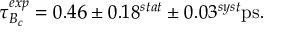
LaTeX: \tau _ { B _ { c } } ^ { e x p } = 0 . 4 6 \pm 0 . 1 8 ^ { s t a t } \pm 0 . 0 3 ^ { s y s t } \mathrm { p s } .